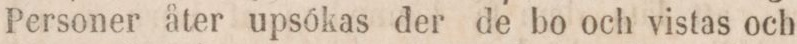
Personer åter upsokas der de bo och vistas och